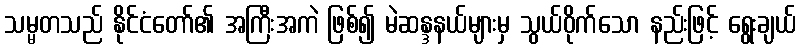
သမ္မတသည် နိုင်ငံတော်၏ အကြီးအကဲ ဖြစ်၍ မဲဆန္ဒနယ်များမှ သွယ်ဝိုက်သော နည်းဖြင့် ရွေးချယ်